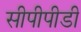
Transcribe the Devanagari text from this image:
सीपीपीडी